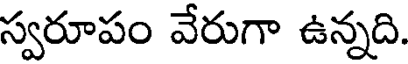
స్వరూపం వేరుగా ఉన్నది.